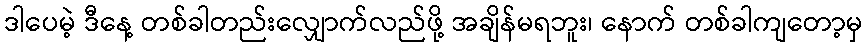
ဒါပေမဲ့ ဒီနေ့ တစ်ခါတည်းလျှောက်လည်ဖို့ အချိန်မရဘူး၊ နောက် တစ်ခါကျတော့မှ